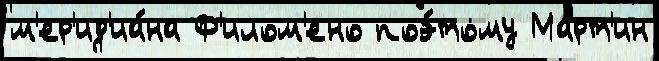
м'ер'ид'иа́на Ф'илом'ено поэ́тому Март'ин